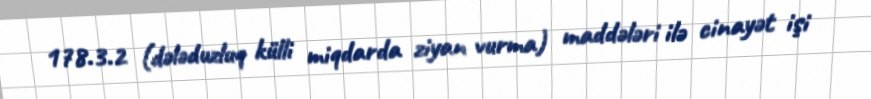
178.3.2 (dələduzluq külli miqdarda ziyan vurma) maddələri ilə cinayət işi